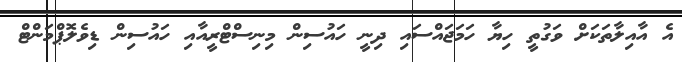
އެ އާއިލާތަކަށް ވަގުތީ ހިޔާ ހަމަޖައްސައި ދިނީ ހައުސިން މިނިސްޓްރީއާއި ހައުސިން ޑިވެލޮޕްމަންޓް